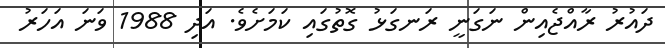
ދައުރު ރާއްޖެއިން ނަގަނީ ރަނގަޅު ގޮތުގައި ކަމަށެވެ. އަދި 1988 ވަނަ އަހަރު